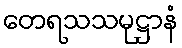
တေရသသမုဋ္ဌာနံ